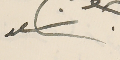
سعد